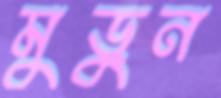
মুড়ুন